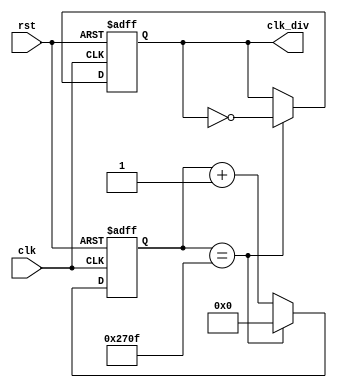
`timescale 1ns / 1ps
//////////////////////////////////////////////////////////////////////////////////
// Company: 
// Engineer: 
// 
// Design Name: 
// Module Name:    segClkDevider 
// Project Name: 
// Target Devices: 
// Tool versions: 
// Description: 
//
// Dependencies: 
//
// Revision: 
// Revision 0.01 - File Created
// Additional Comments: 
//
//////////////////////////////////////////////////////////////////////////////////
module segClkDevider(
input wire clk,
    input wire rst,
    output reg clk_div
    );
     
 localparam constantNumber = 10000;
 reg [31:0] count;
 
always @ (posedge(clk), posedge(rst))
begin
    if (rst == 1'b1)
        count <= 32'b0;
    else if (count == constantNumber - 1)
        count <= 32'b0;               
    else
        count <= count + 1;
end

always @ (posedge(clk), posedge(rst))
begin
    if (rst == 1'b1)
        clk_div <= 1'b0;
    else if (count == constantNumber - 1)
        clk_div <= ~clk_div;
    else
        clk_div <= clk_div;
end
endmodule